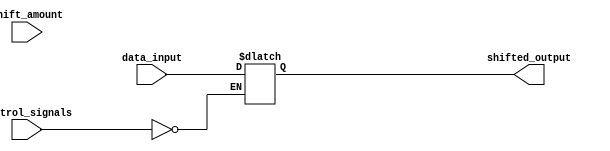
module HybridBarrelShifter (
    input [31:0] data_input,
    input [4:0] shift_amount,
    input [3:0] control_signals,
    output reg [31:0] shifted_output
);

//Define arithmetic blocks here

always @* begin
    case(control_signals)
        4'b0000: shifted_output = data_input;
        //Define shifting operations based on shift amount and control signals
        //Connect arithmetic blocks to perform shifting operation
    endcase
end

endmodule